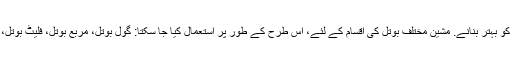
عمل گانٹھ کم، مصنوعات کے معیار کو بہتر بنانے. مشین مختلف بوتل کی اقسام کے لئے، اس طرح کے طور پر استعمال کیا جا سکتا: گول بوتل، مربع بوتل، فلیٹ بوتل، منحنی بوتل، کپ، اور وغیرہ وغیرہ ۔